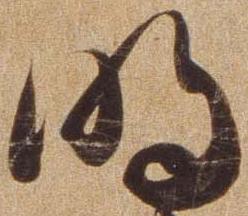
明